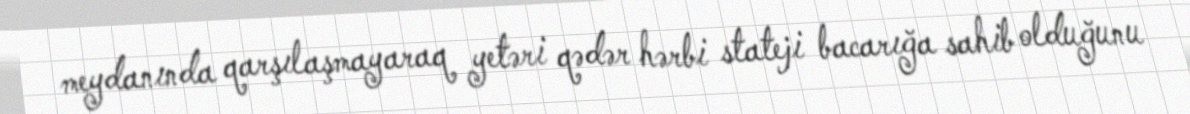
meydanında qarşılaşmayaraq yetəri qədər hərbi stateji bacarığa sahib olduğunu